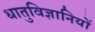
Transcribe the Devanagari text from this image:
धातुविज्ञानियों